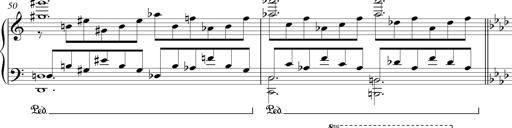
Title: LiebestrÃ¤ume
Composer: Franz Behr
Key: E-flat major